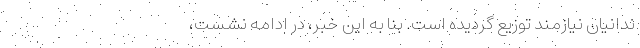
ندانیان نیازمند توزیع گردیده است. بنا به این خبر، در ادامه نشست،